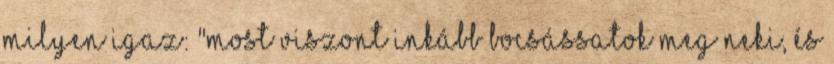
milyen igaz: "Most viszont inkább bocsássatok meg neki, és